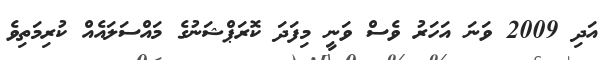
އަދި 2009 ވަނަ އަހަރު ވެސް ވަނީ މިފަދަ ކޮރަޕްޝަނުގެ މައްސަލައެއް ކުރިމަތިވެ